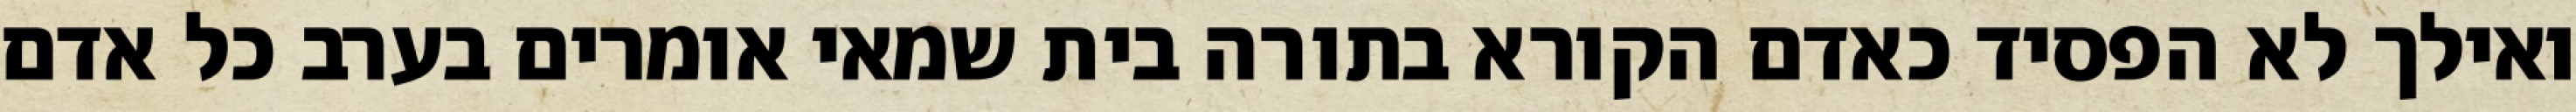
ואילך לא הפסיד כאדם הקורא בתורה בית שמאי אומרים בערב כל אדם